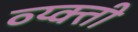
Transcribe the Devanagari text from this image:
व्य्क्ती